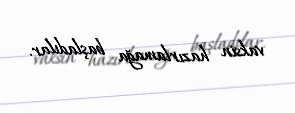
vaksin hazırlamağa başladılar.